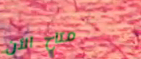
متاح الآن